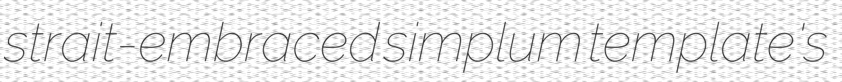
strait-embraced simplum template's